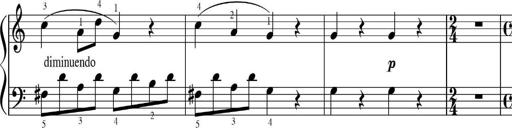
Title: Sonatinas
Composer: Andrew Violette